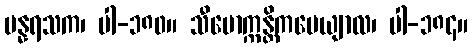
ပန္နရသက၊ ပါ-၁၈၀။ သီမောက္ကန္တိကပေယျာလ၊ ပါ-၁၈၄။